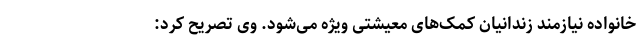
خانواده نیازمند زندانیان کمک‌های معیشتی ویژه می‌شود. وی تصریح کرد: